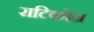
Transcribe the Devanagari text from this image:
राटिकोन